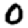
Digit: 0